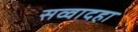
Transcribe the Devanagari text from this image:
सव्वादहा